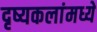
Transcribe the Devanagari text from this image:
दृष्यकलांमध्ये